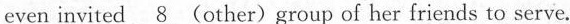
even invited \underline{ 8} (other)group of her friends to serve.